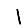
Digit: 1